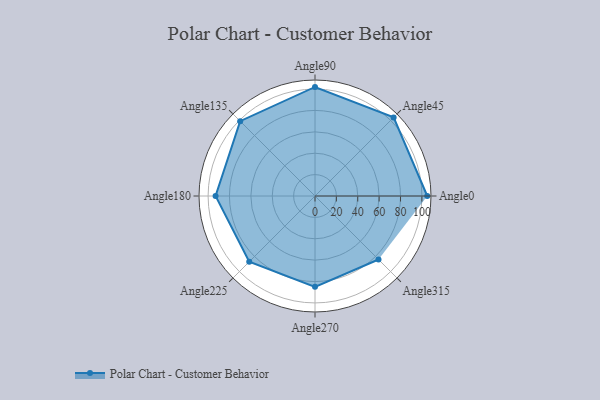
{"axis": {"x": "Angle", "y": "Radius"}, "legend": [""], "data": [{"x": "Angle0", "y": 105.0, "type": ""}, {"x": "Angle45", "y": 104.0, "type": ""}, {"x": "Angle90", "y": 102.0, "type": ""}, {"x": "Angle135", "y": 99.0, "type": ""}, {"x": "Angle180", "y": 93.0, "type": ""}, {"x": "Angle225", "y": 87.0, "type": ""}, {"x": "Angle270", "y": 85.0, "type": ""}, {"x": "Angle315", "y": 84.0, "type": ""}]}